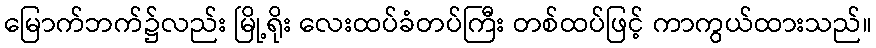
မြောက်ဘက်၌လည်း မြို့ရိုး လေးထပ်ခံတပ်ကြီး တစ်ထပ်ဖြင့် ကာကွယ်ထားသည်။